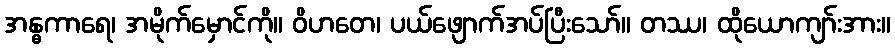
အန္ဓကာရေ၊ အမိုက်မှောင်ကို။ ဝိဟတေ၊ ပယ်ဖျောက်အပ်ပြီးသော်။ တဿ၊ ထိုယောကျာ်းအား။